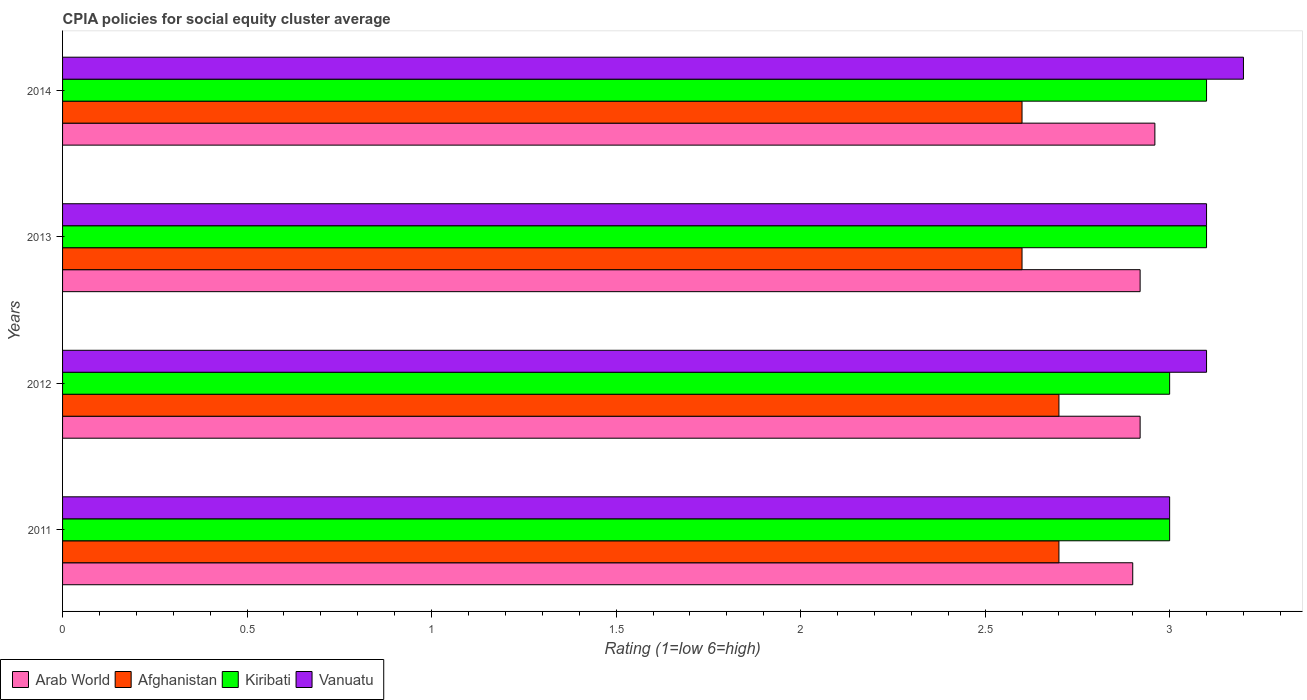
| Years | Arab World | Afghanistan | Kiribati | Vanuatu |
 | --- | --- | --- | --- | --- |
 | 2011 | 2.9 | 2.7 | 3 | 3 |
 | 2012 | 2.92 | 2.7 | 3 | 3.1 |
 | 2013 | 2.92 | 2.6 | 3.1 | 3.1 |
 | 2014 | 2.96 | 2.6 | 3.1 | 3.2 |